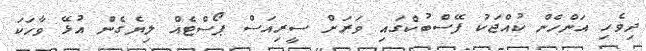
ދިވެހި އަންހެން ކުއްޖަކު ފޭސްބުކްގައި ވަރަށް ސީރިއަސް ޕޯސްޓެއް ލިޔެގެން އުޅޭ ވާހަކަ